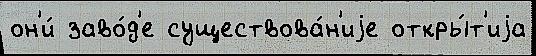
он'и́ заво́д'е существова́н'иjе откры́т'иjа